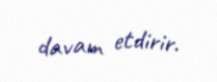
davam etdirir.